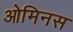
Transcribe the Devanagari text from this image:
ओमिनस